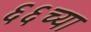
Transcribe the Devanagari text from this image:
६६च्या